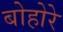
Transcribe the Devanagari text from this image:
बोहोरे